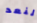
لنعد